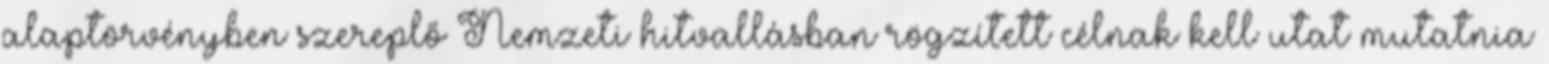
alaptörvényben szereplő Nemzeti hitvallásban rögzített célnak kell utat mutatnia